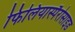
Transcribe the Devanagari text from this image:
फिलियास्पैरोसाइड